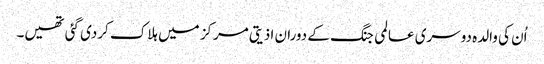
اُن کی والدہ دوسری عالمی جنگ کے دوران اذیتی مرکز میں ہلاک کردی گئی تھیں۔